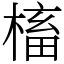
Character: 槒